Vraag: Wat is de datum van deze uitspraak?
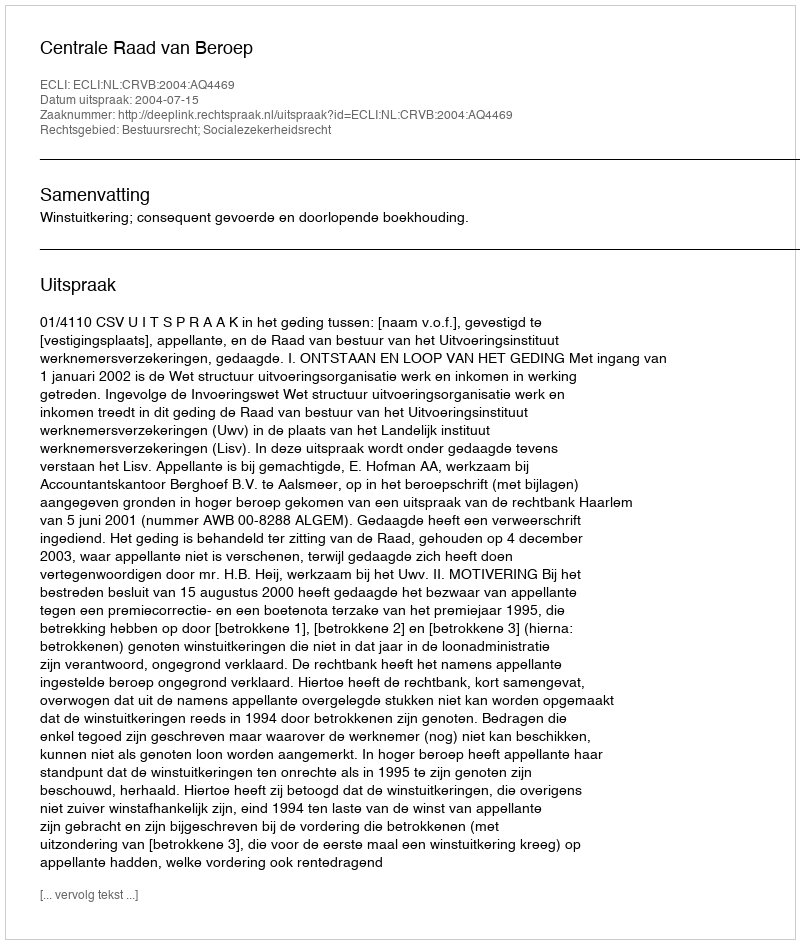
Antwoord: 2004-07-15